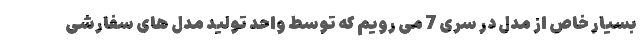
بسیار خاص از مدل در سری 7 می رویم که توسط واحد تولید مدل های سفارشی